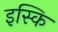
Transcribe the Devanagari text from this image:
इस्कि